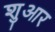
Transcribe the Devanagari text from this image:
शुआर